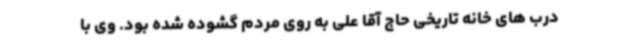
درب های خانه تاریخی حاج آقا علی به روی مردم گشوده شده بود. وی با